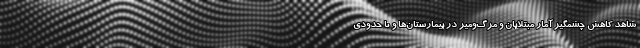
شاهد کاهش چشمگیر آمار مبتلایان و مرگ‌ومیر در بیمارستان‌ها و تا حدودی